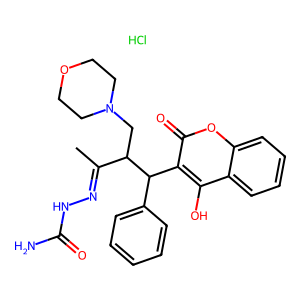
SMILES: CC(=NNC(N)=O)C(CN1CCOCC1)C(c1ccccc1)c1c(O)c2ccccc2oc1=O.Cl
Inhibits HIV replication: No